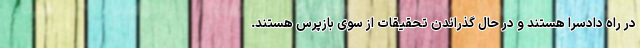
در راه دادسرا هستند و در حال گذراندن تحقیقات از سوی بازپرس هستند.